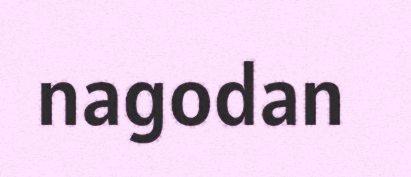
nagodan